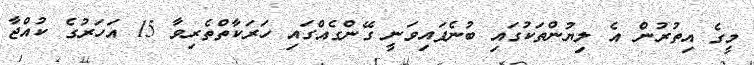
މީގެ އިތުރުން އެ ލިޔުންތަކުގައި ބުނެފައިވަނީ ގޭންގެއްގައި ހަރަކާތްތެރިވާ 15 އަހަރުގެ ކުއްޖާ